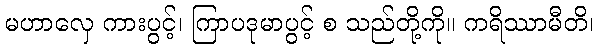
မဟာလှေ ကားပွင့်၊ ကြာပဒုမာပွင့် စ သည်တို့ကို။ ကရိဿာမီတိ၊